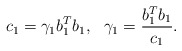
\begin{align*}c_{1}=\gamma_{1}b_{1}^{T} b_{1}, \ \ \gamma_{1}=\frac{b_{1}^{T} b_{1}}{c_{1}}.\end{align*}